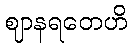
ဈာနရတေဟိ